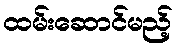
ထမ်းဆောင်မည့်